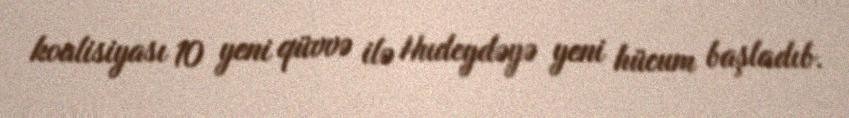
koalisiyası 10 yeni qüvvə ilə Hudeydəyə yeni hücum başladıb.